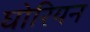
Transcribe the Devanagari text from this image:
घोरियन